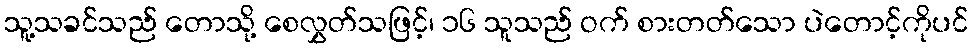
သူ့သခင်သည် တောသို့ စေလွှတ်သဖြင့်၊ ၁၆ သူသည် ဝက် စားတတ်သော ပဲတောင့်ကိုပင်